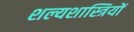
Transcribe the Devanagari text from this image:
शल्यशास्त्रियों